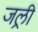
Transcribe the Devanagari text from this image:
जल्री